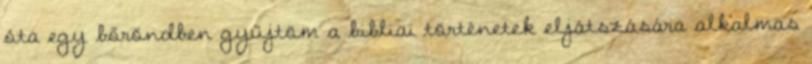
óta egy bőröndben gyűjtöm a bibliai történetek eljátszására alkalmas